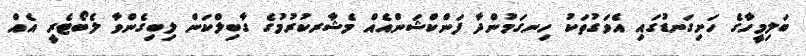
ބަލިމީހާގެ ހަށިގަނޑުގައި އެވަގުތަކު ހިނގަމުންދާ ފަންކްޝަންއެއް މެޝާރކުރުމުގެ ގާބިލްކަން ލިބިގެންވާ ލެބޯޓެރީ އެއް